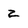
Character: 2